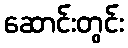
ဆောင်းတွင်း